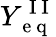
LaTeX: Y_{\mathrm{~e~q~}}^{\mathrm{~I~I~}}